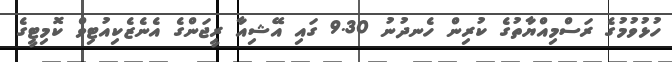
ހުޅުވުމުގެ ރަސްމިއްޔާތުގެ ކުރިން ހެނދުނު 9.30 ގައި އޭޝިއާ ރީޖަންގެ އެނެޒެކިއުޓިވް ކޮމިޓީގެ